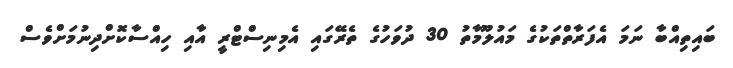
ބައިތިއްބާ ނަމަ އެފަރާތްތަކުގެ މައުލޫމާތު 30 ދުވަހުގެ ތެރޭގައި އެމިނިސްޓްރީ އާއި ހިއްސާކޮށްދިނުމަށްވެސް